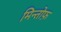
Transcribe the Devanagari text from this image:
मिन्तोफ़